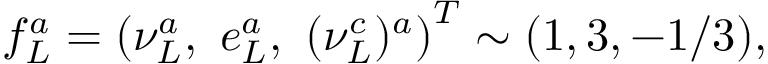
f _ { L } ^ { a } = \left( \nu _ { L } ^ { a } , \ e _ { L } ^ { a } , \ ( \nu _ { L } ^ { c } ) ^ { a } \right) ^ { T } \sim ( 1 , 3 , - 1 / 3 ) ,